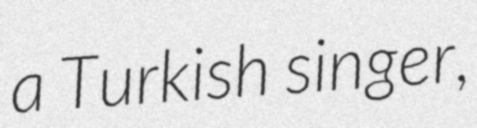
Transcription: a Turkish singer,